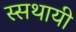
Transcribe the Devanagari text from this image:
स्सथायी